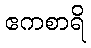
ဧကစာရိ